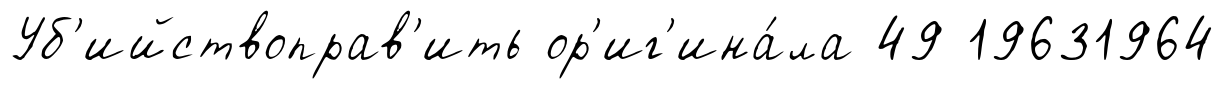
Уб'ийствоправ'ить ор'иг'ина́ла 49 19631964